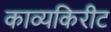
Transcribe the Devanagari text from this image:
काव्यकिरीट